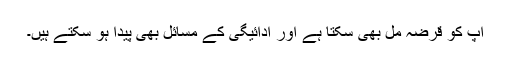
آپ کو قرضہ مل بھی سکتا ہے اور ادائیگی کے مسائل بھی پیدا ہو سکتے ہیں۔